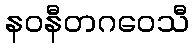
နဝနီတဂဝေသီ